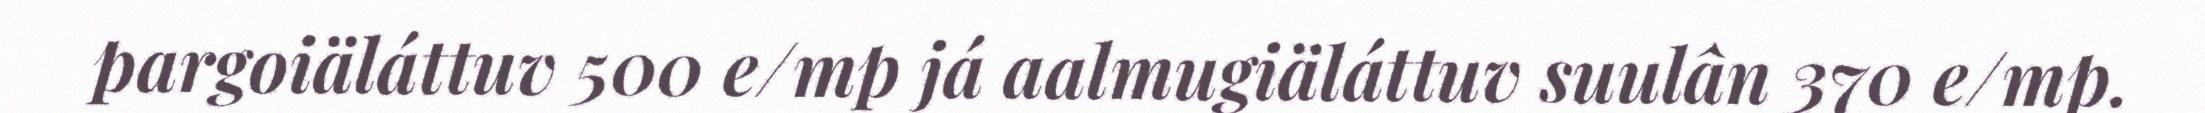
pargoiäláttuv 500 e/mp já aalmugiäláttuv suulân 370 e/mp.